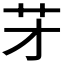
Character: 𦬁